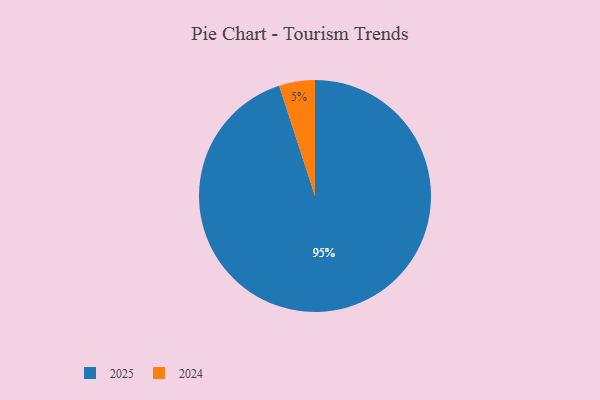
{"axis": {"x": "Category", "y": "Percentage"}, "legend": ["2024", "2025"], "data": [{"x": "2024", "y": 5, "type": "2024"}, {"x": "2025", "y": 95, "type": "2025"}]}